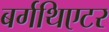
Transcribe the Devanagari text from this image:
बर्गथिएटर